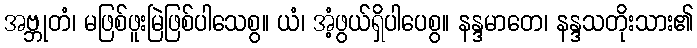
အဗ္ဘုတံ၊ မဖြစ်ဖူးမြဲဖြစ်ပါသေစွ။ ယံ၊ အံ့ဖွယ်ရှိပါပေစွ။ နန္ဒမာတေ၊ နန္ဒသတိုးသား၏